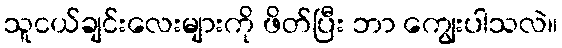
သူငယ်ချင်းလေးများကို ဖိတ်ပြီး ဘာ ကျွေးပါသလဲ။